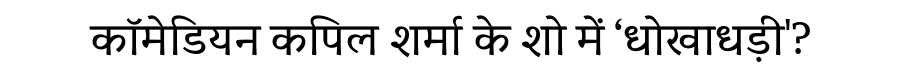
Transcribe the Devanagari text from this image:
कॉमेडियन कपिल शर्मा के शो में ‘धोखाधड़ी'?